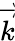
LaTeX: \overrightarrow{k}